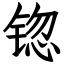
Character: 锪